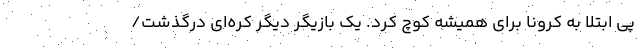
پی ابتلا به کرونا برای همیشه کوچ کرد. یک بازیگر دیگر کره‌ای درگذشت/